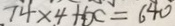
7 4 \times 4 + 6 c = 6 4 0